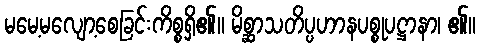
မမေ့မလျော့စေခြင်းကိစ္စရှိ၏။ မိစ္ဆာသတိပ္ပဟာနပစ္စုပဋ္ဌာနာ၊ ၏။